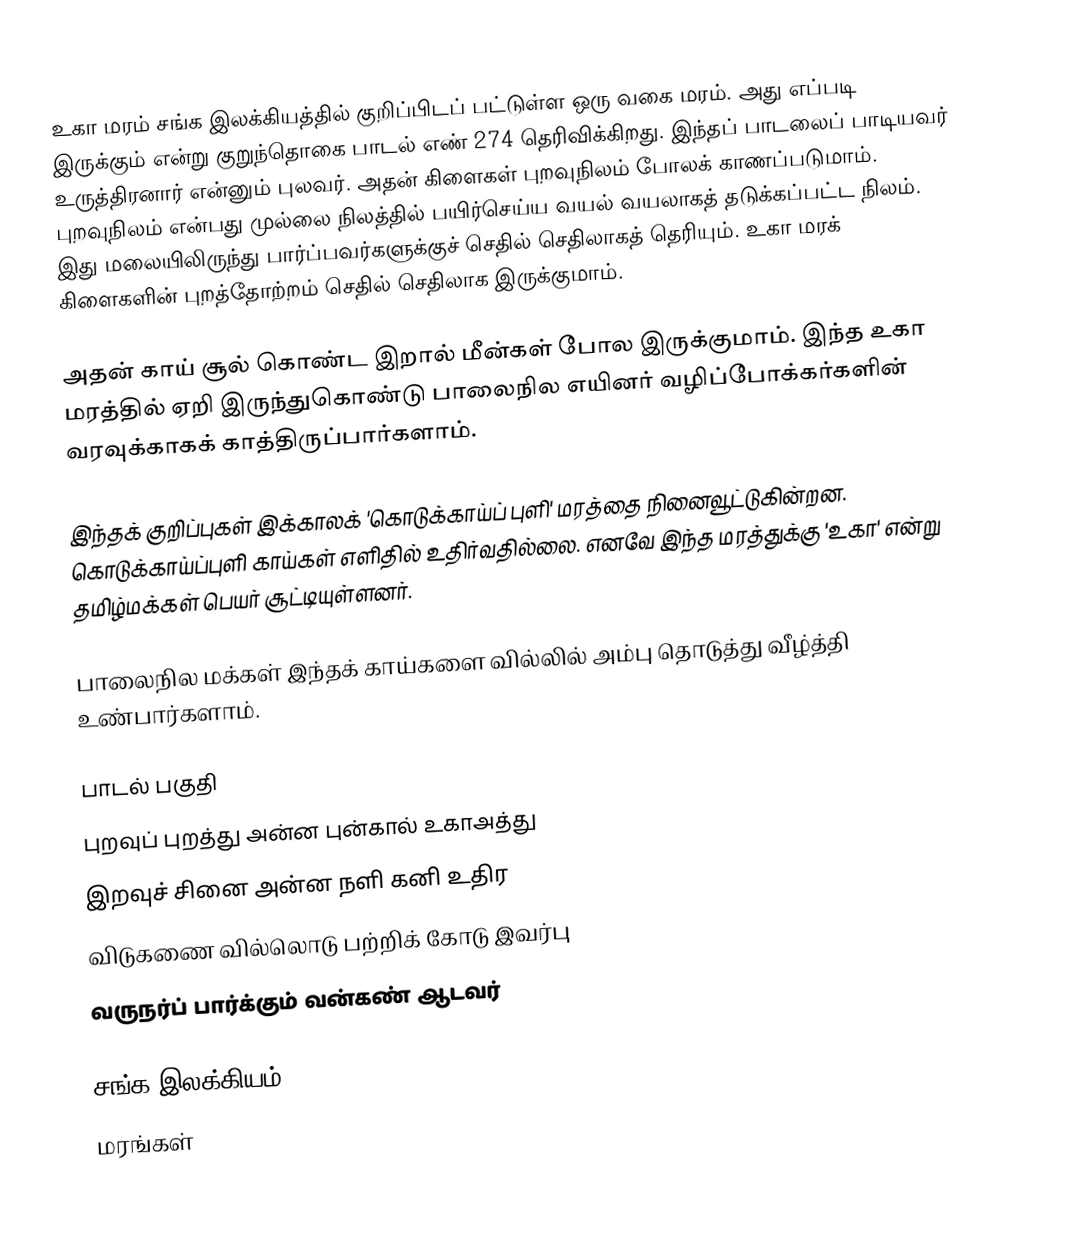
உகா மரம் சங்க இலக்கியத்தில் குறிப்பிடப் பட்டுள்ள ஒரு வகை மரம். அது எப்படி இருக்கும் என்று குறுந்தொகை பாடல் எண் 274 தெரிவிக்கிறது. இந்தப் பாடலைப் பாடியவர் உருத்திரனார் என்னும் புலவர். அதன் கிளைகள் புறவுநிலம் போலக் காணப்படுமாம். புறவுநிலம் என்பது முல்லை நிலத்தில் பயிர்செய்ய வயல் வயலாகத் தடுக்கப்பட்ட நிலம். இது மலையிலிருந்து பார்ப்பவர்களுக்குச் செதில் செதிலாகத் தெரியும். உகா மரக் கிளைகளின் புறத்தோற்றம் செதில் செதிலாக இருக்குமாம்.

அதன் காய் சூல் கொண்ட இறால் மீன்கள் போல இருக்குமாம். இந்த உகா மரத்தில் ஏறி இருந்துகொண்டு பாலைநில எயினர் வழிப்போக்கர்களின் வரவுக்காகக் காத்திருப்பார்களாம்.

இந்தக் குறிப்புகள் இக்காலக் 'கொடுக்காய்ப் புளி' மரத்தை நினைவூட்டுகின்றன. கொடுக்காய்ப்புளி காய்கள் எளிதில் உதிர்வதில்லை. எனவே இந்த மரத்துக்கு 'உகா' என்று தமிழ்மக்கள் பெயர் சூட்டியுள்ளனர்.

பாலைநில மக்கள் இந்தக் காய்களை வில்லில் அம்பு தொடுத்து வீழ்த்தி உண்பார்களாம்.

பாடல் பகுதி
புறவுப் புறத்து அன்ன புன்கால் உகாஅத்து
இறவுச் சினை அன்ன நளி கனி உதிர
விடுகணை வில்லொடு பற்றிக் கோடு இவர்பு
வருநர்ப் பார்க்கும் வன்கண் ஆடவர்

சங்க இலக்கியம்
மரங்கள்